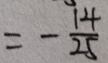
= - \frac { 1 4 } { 2 5 }